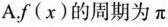
A.f(x)的周期为π